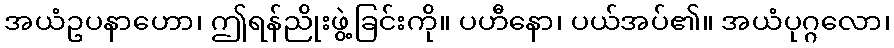
အယံဥပနာဟော၊ ဤရန်ညိုးဖွဲ့ခြင်းကို။ ပဟီနော၊ ပယ်အပ်၏။ အယံပုဂ္ဂလော၊